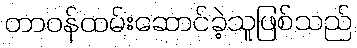
တာဝန်ထမ်းဆောင်ခဲ့သူဖြစ်သည်